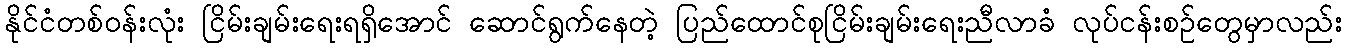
နိုင်ငံတစ်ဝန်းလုံး ငြိမ်းချမ်းရေးရရှိအောင် ဆောင်ရွက်နေတဲ့ ပြည်ထောင်စုငြိမ်းချမ်းရေးညီလာခံ လုပ်ငန်းစဉ်တွေမှာလည်း